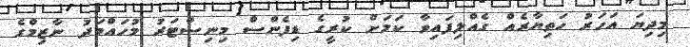
މިދިޔަ އަހަރު ހަތިޔާރެއް ގެއްލިފައިވާ ކަމަށް ކުރީގެ ޑިފެންސް މިނިސްޓަރު މުހައްމަދު ނާޒިމްގެ